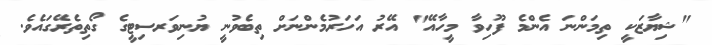
"ޝިޔާޒަކީ ތިމަންނަ އެންމެ ފޫހިވާ މީހާއޭ" އޭރު އަހަރުމެންނަށް ތިބެވުނީ ޔުނިވަރސިޓީގެ ގޯތިތެރޭގައެވެ.